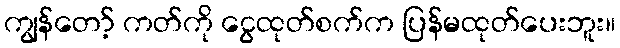
ကျွန်တော့် ကတ်ကို ငွေထုတ်စက်က ပြန်မထုတ်ပေးဘူး။